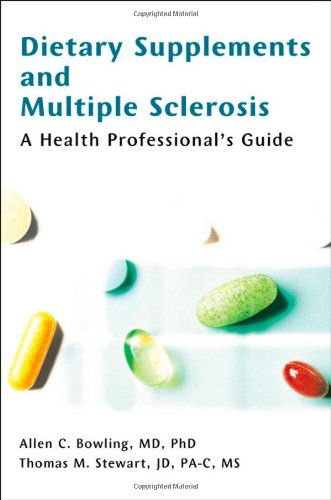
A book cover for Dietary Supplements and Multiple Sclerosis: A Health Professional's Guide; Allen C. Bowling MD  PhD; Health, Fitness & Dieting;